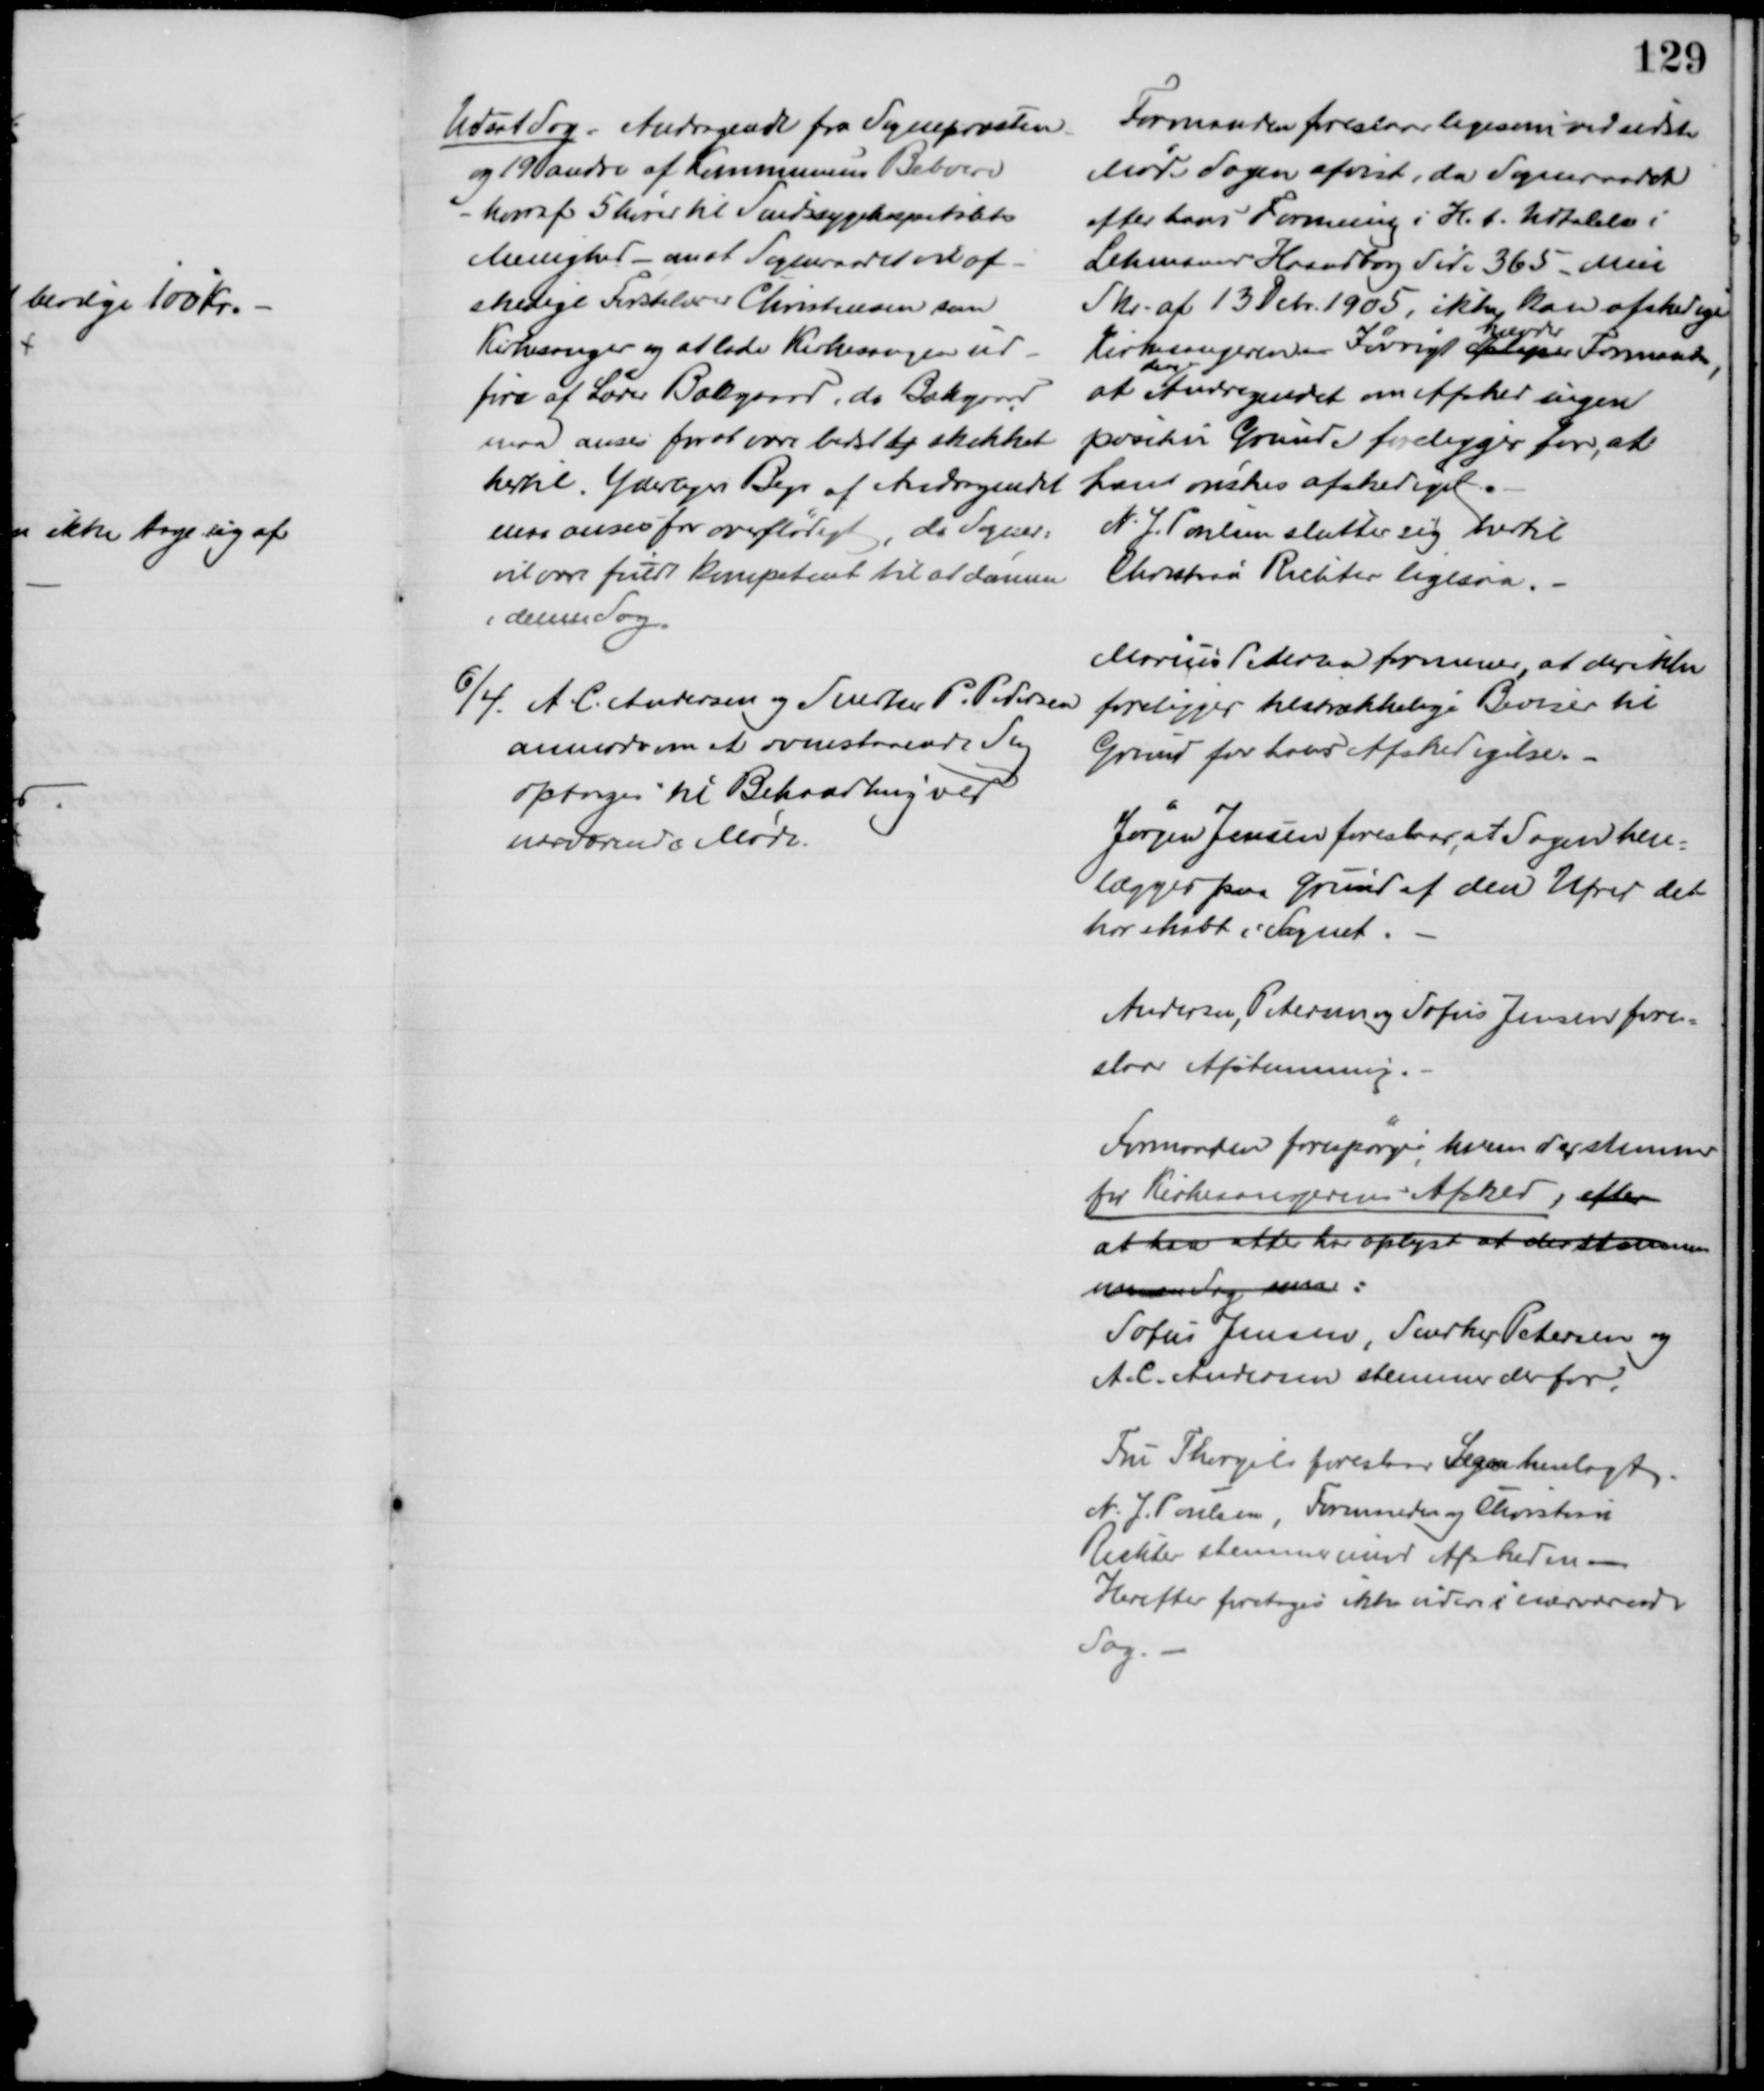
Transskription:
Udsat Sag = Andragende fra Sognepræsten
og 19 andre af Kommunens Beboere
- hvoraf 5 hører til Sindssygehospitalets
Menighed - om at Sogneraadet vil af-
skedige Førstelærer Christensen som
Kirkesanger og at lade Kirkesangen ud-
føre af Lærer Bækgaard, da Bækgaard
maa anses for at være bedst og skikket
hertil. Yderligere Begr af Andragendet
maa anses for overflødigt, da Sogner:
vil være fuldt kompetent til at dømme 
i denne Sag.
Formanden foreslaar ligesom ved sidste
Møde Sagen afvist, da Sogneraadet
efter hans Formening i H. t. Udtalelse i
Lehmanns Haandbog Side 365 - Min
Skr. af 13 Debr. 1905, ikke kan afskedige
Kirkesangeren - Iøvrigt forlanger
hævder
Formanden,
at 
der i
Andragendet om Afsked ingen
positive Grunde foreligger for, at
han ønskes afskediget.
N. J. Poulsen slutter sig hertil
Christian Richter ligesaa.
6/4. A. C. Andersen og Snedker P. Pedersen
anmoder om at ovenstaaende Sag
optages til Behandling ved
nærværende Møde.
Marius Pedersen formener, at der ikke 
foreligger tilstrækkelige Beviser til 
Grund for hans Afskedigelse.
Jørgen Jensen foreslaar at Sagen hen=
lægges paa Grund af den Ufred det
har skabt i Sognet.
Andersen, Petersen og Sofus Jensen fore=
slaar Afstemning.
Formanden forespørger, hvem der stemmer
for Kirkesangerens Afsked, efter
at han atter har oplyst at der stemmes
 Sag  : 
Sofus Jensen, Snedker Petersen og
A. C. Andersen stemmer derfor.
Fru Thorgils foreslaar Sagen henlagt.
N. J. Poulsen, Formanden og Christian
Richter stemmer imod Afskeden
Herefter foretoges ikke videre i nærværende
Sag.